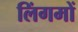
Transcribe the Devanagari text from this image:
लिंगमों